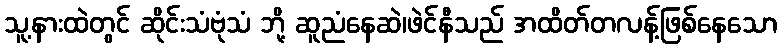
သူ့နားထဲတွင် ဆိုင်းသံဗုံသံ ဘို့ ဆူညံနေဆဲ၊ဖဲင်နီသည် အထိတ်တလန့်ဖြစ်နေသော